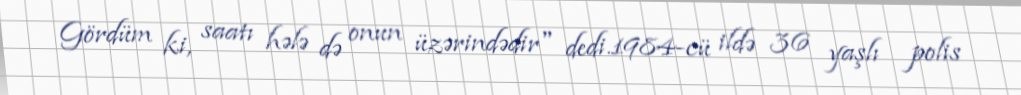
Gördüm ki, saatı hələ də onun üzərindədir" dedi.1984-cü ildə 36 yaşlı polis